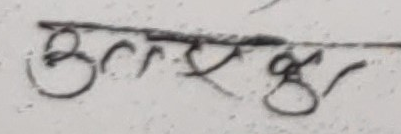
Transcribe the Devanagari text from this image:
अक्षरज्ञा